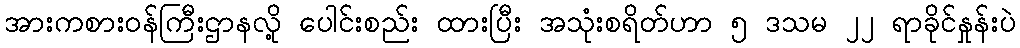
အားကစားဝန်ကြီးဌာနလို့ ပေါင်းစည်း ထားပြီး အသုံးစရိတ်ဟာ ၅ ဒသမ ၂၂ ရာခိုင်နှုန်းပဲ